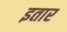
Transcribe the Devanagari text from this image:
इतार